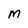
Character: M